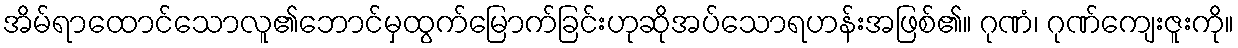
အိမ်ရာထောင်သောလူ၏ဘောင်မှထွက်မြောက်ခြင်းဟုဆိုအပ်သောရဟန်းအဖြစ်၏။ ဂုဏံ၊ ဂုဏ်ကျေးဇူးကို။